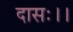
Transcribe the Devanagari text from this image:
दासः।।